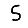
Digit: 5